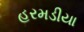
હરમડીયા